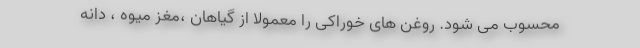
محسوب می شود. روغن های خوراکی را معمولا از گیاهان ،مغز میوه ، دانه